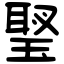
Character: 𤧬